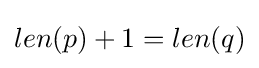
len(p)+1=len(q)